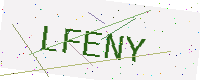
Text: LFENY